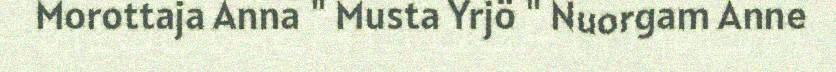
Morottaja Anna " Musta Yrjö " Nuorgam Anne